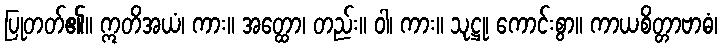
ပြုတတ်၏။ ဣတိအယံ၊ ကား။ အတ္ထော၊ တည်း။ ဝါ၊ ကား။ သုဋ္ဌု၊ ကောင်းစွာ။ ကာယစိတ္တာဗာဓံ၊